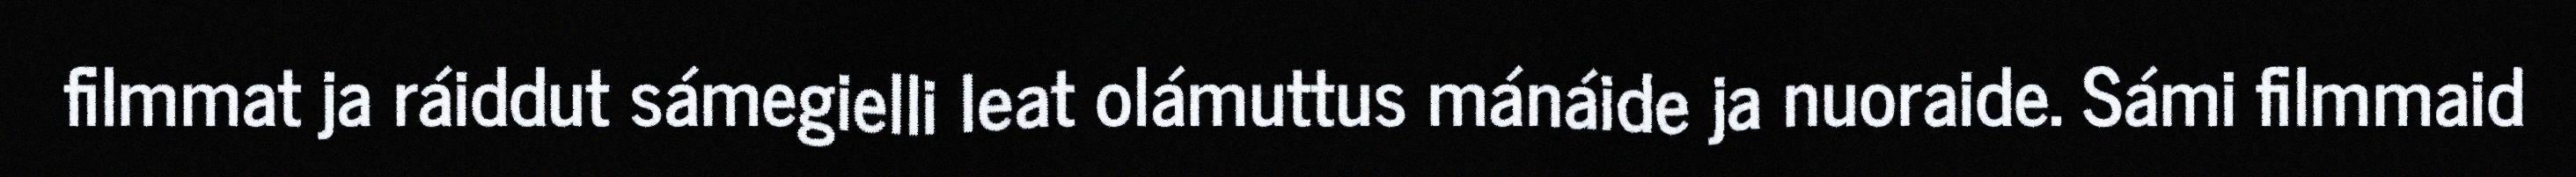
filmmat ja ráiddut sámegielli leat olámuttus mánáide ja nuoraide. Sámi filmmaid